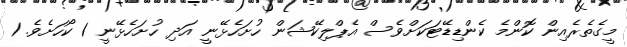
މީގެތެރެއިން ކޮންމެ ކެންޑިޑޭޓަކަށްވެސް އެޕްލިކޭޝަން ހުށަހެޅޭނީ އަދި ހުށަހެޅޭނީ 1 ކޯހަށެވެ. 1